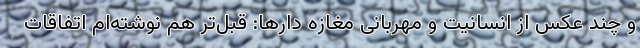
و چند عکس از انسانیت و مهربانی مغازه دارها: قبل‌تر هم نوشته‌ام اتفاقات